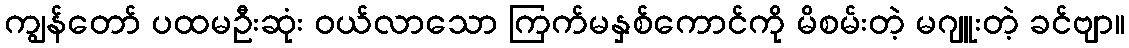
ကျွန်တော် ပထမဦးဆုံး ဝယ်လာသော ကြက်မနှစ်ကောင်ကို မိစမ်းတဲ့ မဂျူးတဲ့ ခင်ဗျာ။